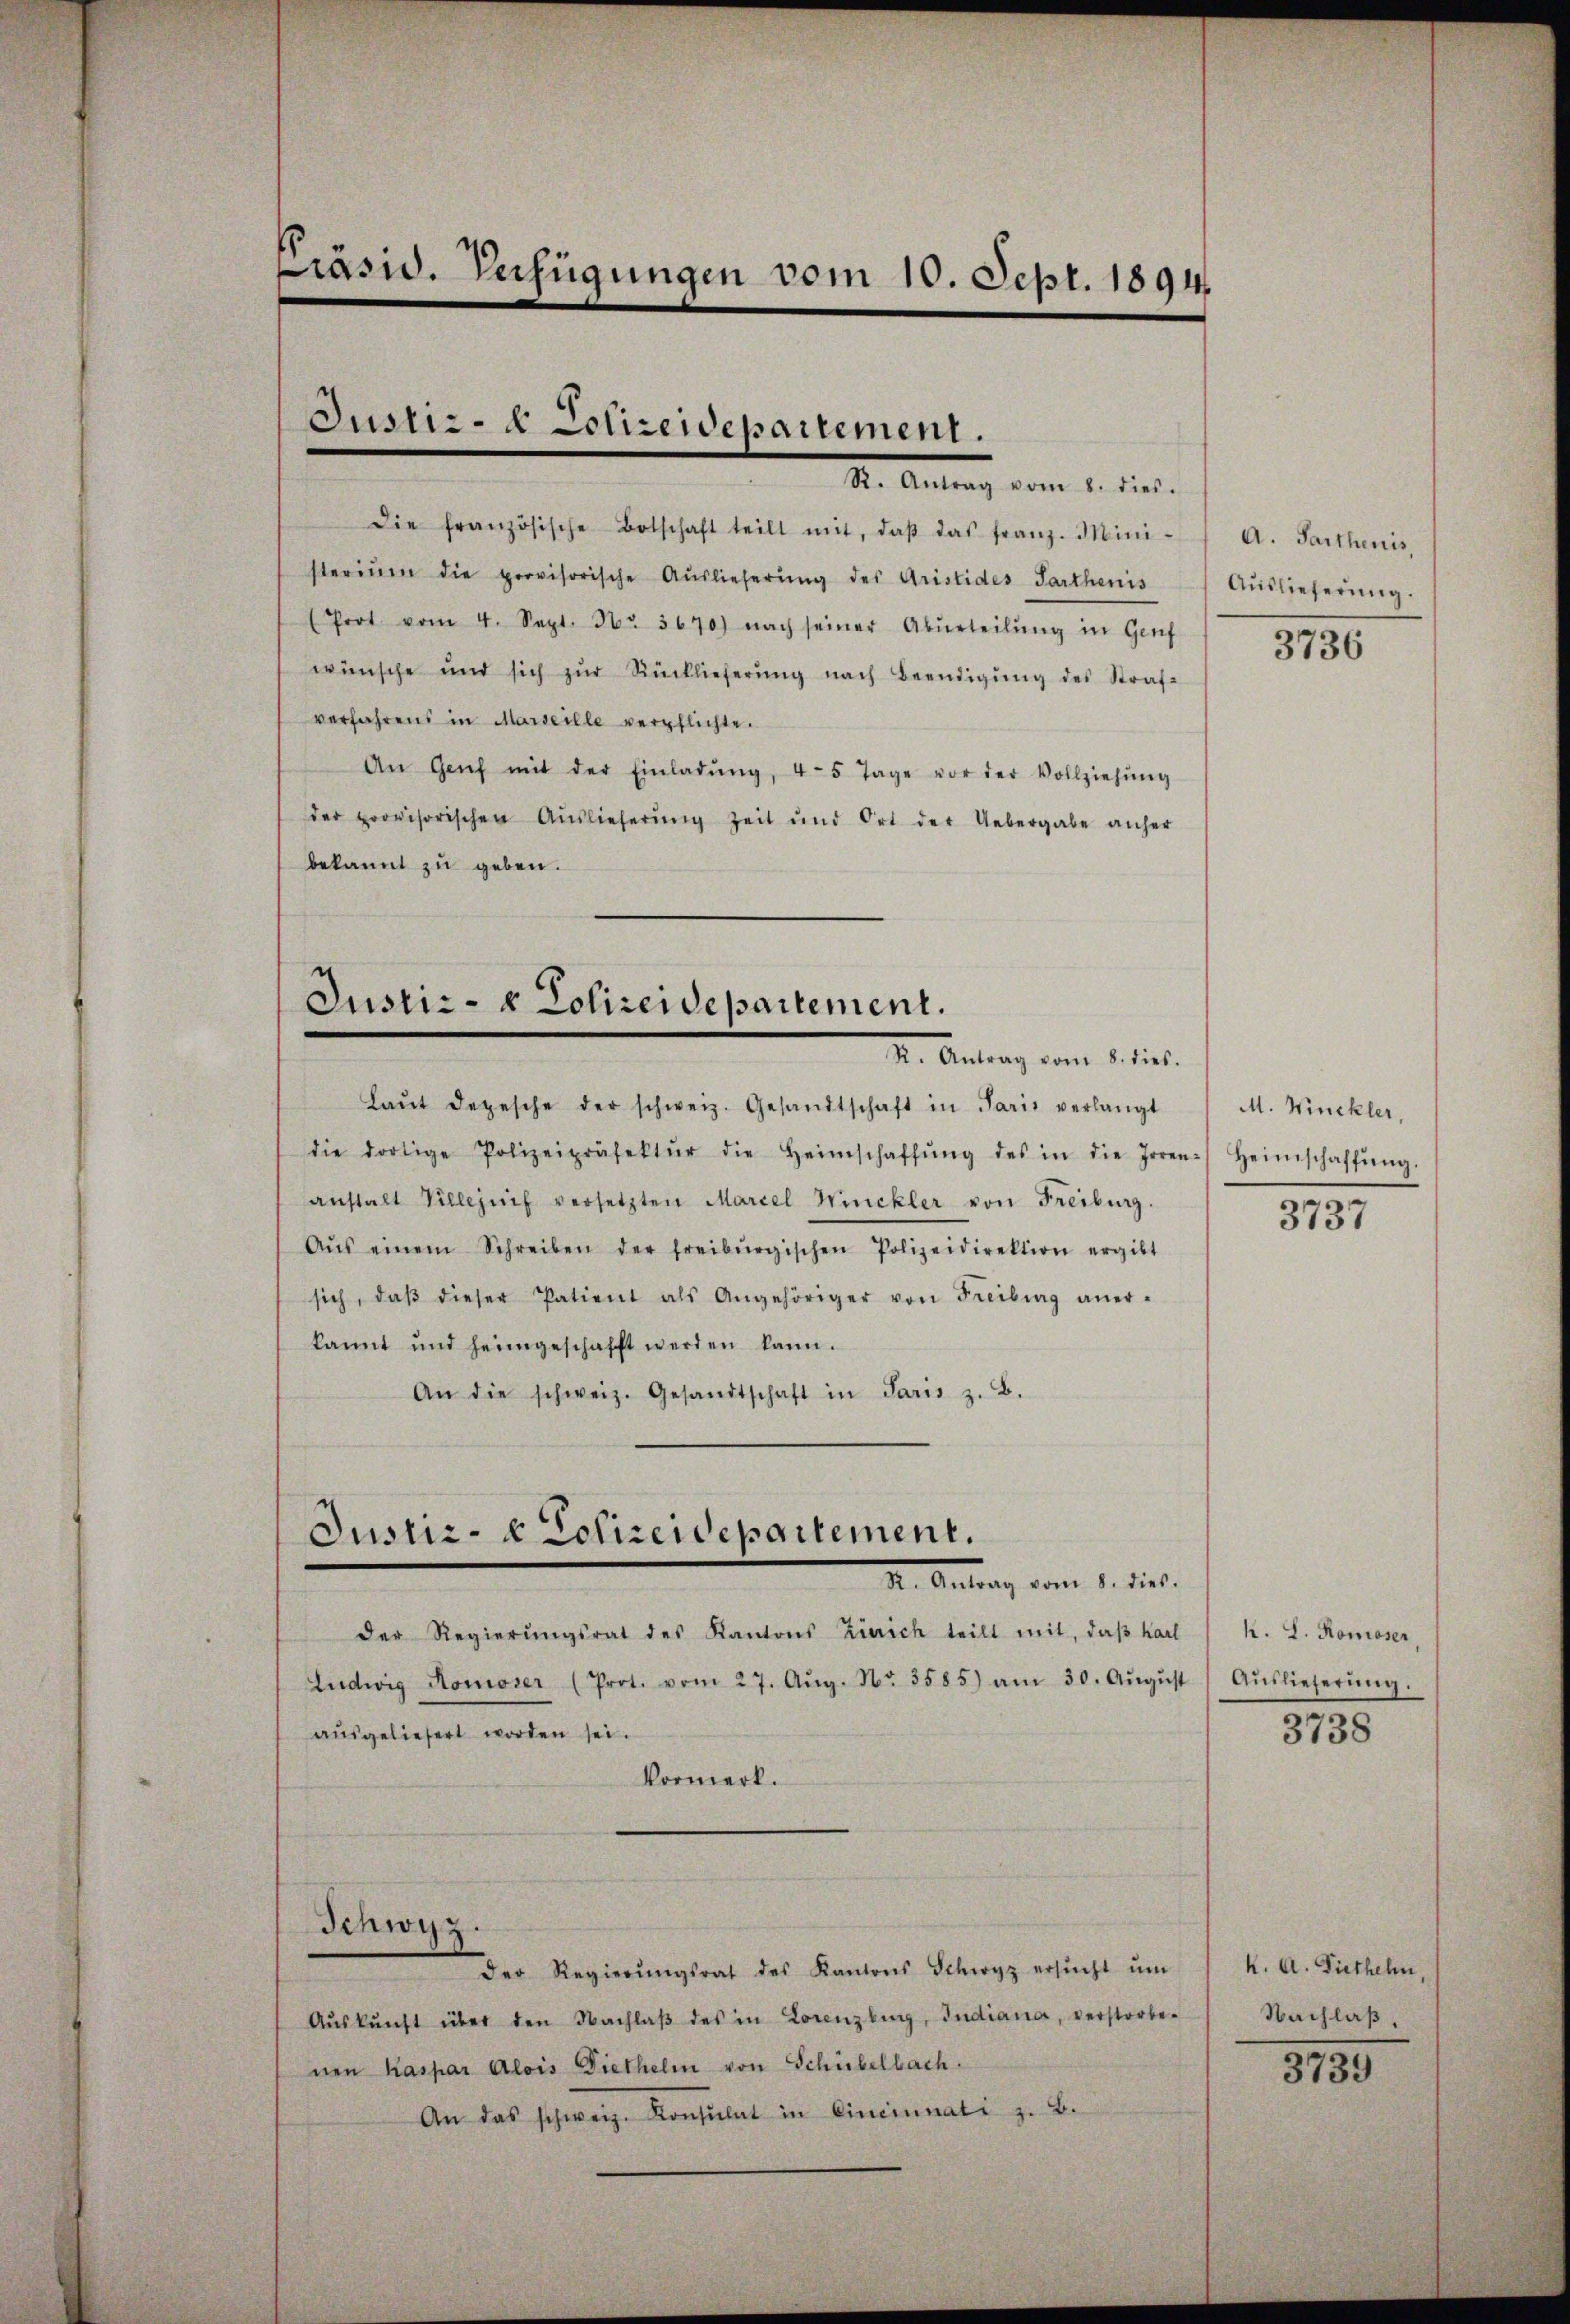
Präsid. Verfügungen vom 10. Sept. 1894.

Die französische Botschaft teilt mit, daβ das franz. Mini-
sterium die provisorische Auslieferŭng des Aristides Parthanis
(Prot vom 4. Sept. 16. 3670) nach seiner Abŭrteilŭng in Genf
wünsche und sich zŭr Rücklieferŭng nach Beendigŭng des Straf-
verfahrens in Marseille verpflichte.
An Genf mit der Einladŭng, 4-5 Tage vor der Vollziehŭng
der provisorischen Auslieferung zeit und Ort der Uebergabe anher
bekannt zu geben.

Justiz- & Polizeidepartement.
R. Antrag vom 8. dies.

Justiz- & Polizeidepartement.
I. Antrag vom 5. Sieb.

die dortige Polizeipräsektŭr die Heimschaffŭng des in die Irren Heimschaffŭng.
anstalt Villezuch versetzten Mariel Winckler von Freiburg.
Aŭs einem Schreiben der freiburgischen Polizeidirektion ergibt
sich, daβ dieser Patient als Angehöriger von Freiburg aner-
kannt und heimgeschafft werden kann.
An die schweiz. Gesandtschaft in Paris z. B.

Justiz- & Polizeidepartement.
I. Antrag vom 1. die

Der Regierŭngsrat des Kantons Zürich teilt mit, daβ Karl
Ludwig Homoser (Prot. vom 27. Aŭg. Nr. 3585) am 30. Aŭgŭst
aŭsgeliefert worden sei.
Vormerk.

Schwyz.

Der Regierŭngsrat des Kantons Schwyz ersŭcht ŭm
Aŭskŭnft über den Nachlaβ des in Lorenzburg, Indiana, verstorbe. Nachlaβ.
nen Kaspar Alois Diethelm von Schübelbach.
An das schweiz. Konsulat in Cincinali z. B.

Laŭt depesche der schweiz. Gesandtschaft in Paris verlangt

A. Parthenis
Auslieferung.

3736

M. Winckler,

3737

K. S. Romoser,
t Auslieferŭng.
3738

K. A. Dietheln,

3739